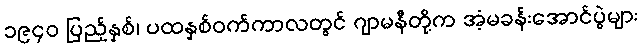
၁၉၄၀ ပြည့်နှစ်၊ ပထနှစ်ဝက်ကာလတွင် ဂျာမနီတို့က အံ့မခန်းအောင်ပွဲများ